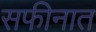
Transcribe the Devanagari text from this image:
सफीनात